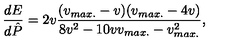
{ \frac { d E } { d \hat { P } } } = 2 v { \frac { ( v _ { m a x . } - v ) ( v _ { m a x . } - 4 v ) } { 8 v ^ { 2 } - 1 0 v v _ { m a x . } - v _ { m a x . } ^ { 2 } } } ,